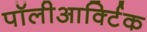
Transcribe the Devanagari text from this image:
पॉलीआर्क्टिक